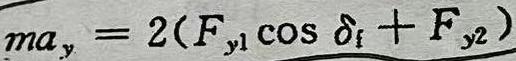
$ma_{y}=2(F_{y1}\cos\delta_{f}+F_{y2})$